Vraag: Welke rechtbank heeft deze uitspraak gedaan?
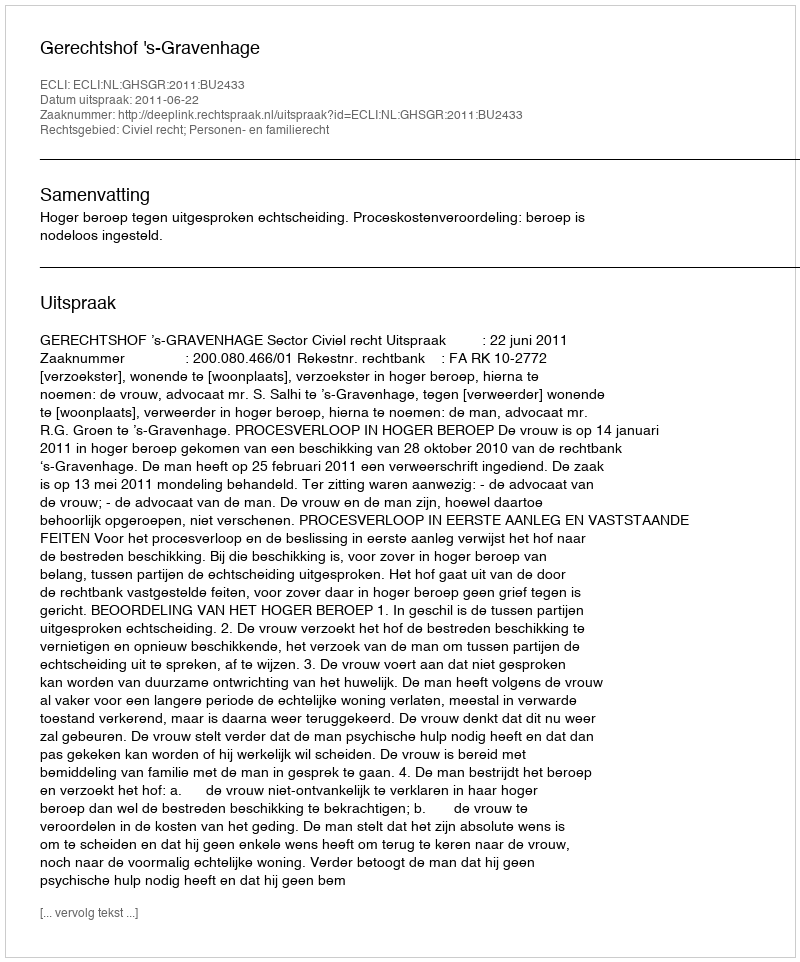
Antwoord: Gerechtshof 's-Gravenhage